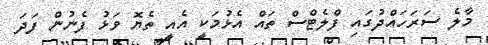
މާލެ ސަރަހައްދުގައި ފްލެޓްސް ތައް އެޅުމަކީ އެއީ ތެޔޮ ވަޅު ފެނުން ފަދަ